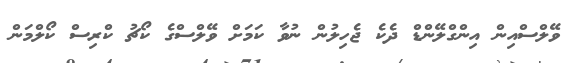
ވޭލްސްއިން އިންގްލޭންޑް ދެކެ ޖެހިލުން ނުވާ ކަމަށް ވޭލްސްގެ ކޯޗު ކްރިސް ކޯލްމަން